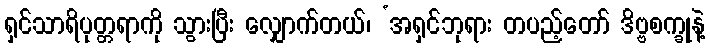
ရှင်သာရိပုတ္တရာကို သွားပြီး လျှောက်တယ်၊ ‘အရှင်ဘုရား တပည့်တော် ဒိဗ္ဗစက္ခုနဲ့